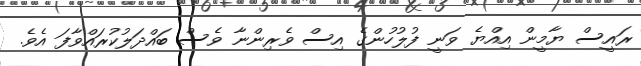
ރައީސް ޔާމީން އިއްޔެ ވަނީ ފުލުހުންގެ އިސް ވެރިންނާ ވެސް ބައްދަލުކުރައްވާފަ އެވެ.